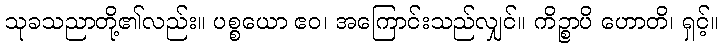
သုခသညာတို့၏လည်း။ ပစ္စယော ဧဝ၊ အကြောင်းသည်လျှင်။ ကိဉ္စာပိ ဟောတိ၊ ရှင့်။